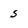
Character: s